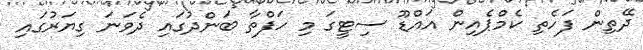
ދޭތިން ފަހެތި ކެމްޕެއިން އައްޑޫ ސިޓީގަ މި ހަފްތާ ބަންދުގައި ދެވަނަ ގިޔަރުގައި